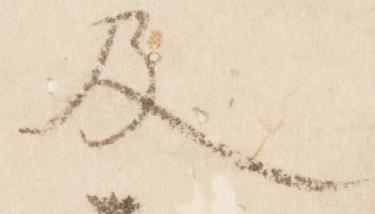
及